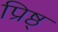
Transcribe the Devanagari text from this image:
प्रिष्ठ्